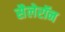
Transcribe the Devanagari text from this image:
सैलेरॉन